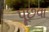
પૂછવા